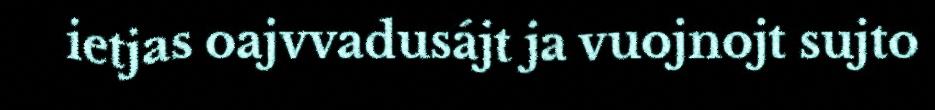
ietjas oajvvadusájt ja vuojnojt sujto